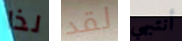
لذا لقد أنتبهي